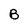
Character: B